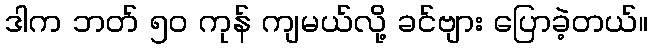
ဒါက ဘတ် ၅၀ ကုန် ကျမယ်လို့ ခင်ဗျား ပြောခဲ့တယ်။